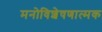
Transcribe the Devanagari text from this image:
मनोविशेषणात्मक